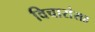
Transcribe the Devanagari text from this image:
विचारांसह